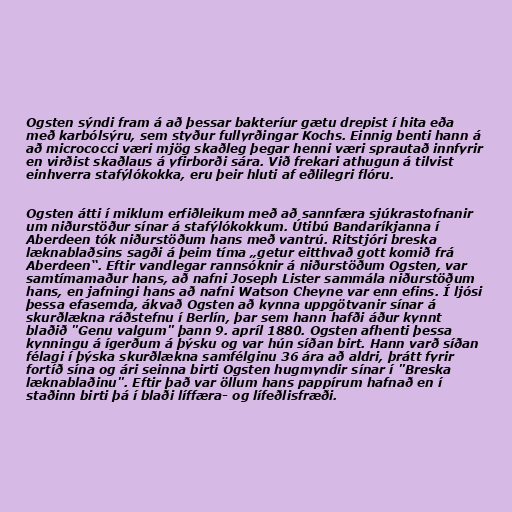
Ogsten sýndi fram á að þessar bakteríur gætu drepist í hita eða
með karbólsýru, sem styður fullyrðingar Kochs. Einnig benti hann á
að micrococci væri mjög skaðleg þegar henni væri sprautað innfyrir
en virðist skaðlaus á yfirborði sára. Við frekari athugun á tilvist
einhverra stafýlókokka, eru þeir hluti af eðlilegri flóru.

Ogsten átti í miklum erfiðleikum með að sannfæra sjúkrastofnanir
um niðurstöður sínar á stafýlókokkum. Útibú Bandaríkjanna í
Aberdeen tók niðurstöðum hans með vantrú. Ritstjóri breska
læknablaðsins sagði á þeim tíma „getur eitthvað gott komið frá
Aberdeen“. Eftir vandlegar rannsóknir á niðurstöðum Ogsten, var
samtímamaður hans, að nafni Joseph Lister sammála niðurstöðum
hans, en jafningi hans að nafni Watson Cheyne var enn efins. Í ljósi
þessa efasemda, ákvað Ogsten að kynna uppgötvanir sínar á
skurðlækna ráðstefnu í Berlín, þar sem hann hafði áður kynnt
blaðið "Genu valgum" þann 9. apríl 1880. Ogsten afhenti þessa
kynningu á ígerðum á þýsku og var hún síðan birt. Hann varð síðan
félagi í þýska skurðlækna samfélginu 36 ára að aldri, þrátt fyrir
fortíð sína og ári seinna birti Ogsten hugmyndir sínar í "Breska
læknablaðinu". Eftir það var öllum hans pappírum hafnað en í
staðinn birti þá í blaði líffæra- og lífeðlisfræði.